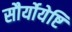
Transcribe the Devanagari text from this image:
सौर्योयेष्टि